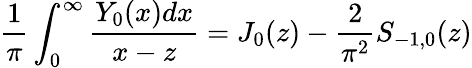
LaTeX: \frac{1}{\pi}\int_{0}^{\infty}\frac{Y_{0}(x)dx}{x-z}=J_{0}(z)-\frac{2}{\pi^{2}}S_{-1,0}(z)